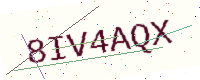
Text: 8IV4AQX